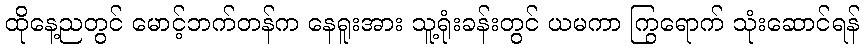
ထိုနေ့ညတွင် မောင့်ဘက်တန်က နေရူးအား သူ့ရုံးခန်းတွင် ယမကာ ကြွရောက် သုံးဆောင်ရန်